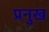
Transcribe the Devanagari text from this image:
प्रनुख